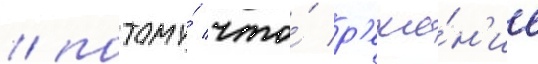
/ потому́ что́ р'еше́н'ие